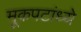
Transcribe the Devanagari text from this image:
मूकपटांध्ये